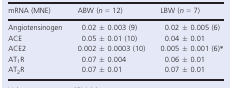
| mRNA (MNE) | ABW (n = 12) | LBW (n = 7) |
 | --- | --- | --- |
 | Angiotensinogen | 0.02 ± 0.003 (9) | 0.02 ± 0.005 (6) |
 | ACE | 0.05 ± 0.01 (10) | 0.04 ± 0.01 |
 | ACE2 | 0.002 ± 0.0003 (10) | 0.005 ± 0.001 (6)* |
 | AT1R | 0.07 ± 0.004 | 0.06 ± 0.01 |
 | AT2R | 0.07 ± 0.01 | 0.07 ± 0.01 |